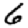
Digit: 6